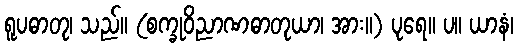
ရူပဓာတု၊ သည်။ (စက္ခုဝိညာဏဓာတုယာ၊ အား။) ပုရေ။ ပ။ ယာနံ၊